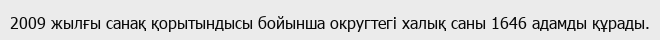
2009 жылғы санақ қорытындысы бойынша округтегі халық саны 1646 адамды құрады.